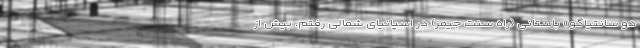
دو سانتیاگو» باستانی (راه سنت جیمز) در اسپانیای شمالی رفتم. بیش از